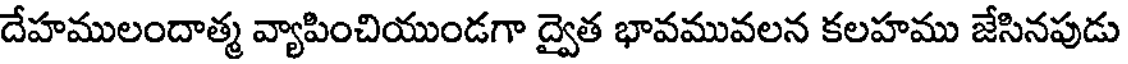
దేహములందాత్మ వ్యాపించియుండగా ద్వైత భావమువలన కలహము జేసినపుడు